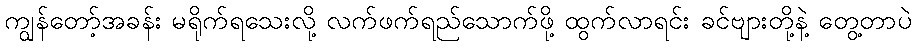
ကျွန်တော့်အခန်း မရိုက်ရသေးလို့ လက်ဖက်ရည်သောက်ဖို့ ထွက်လာရင်း ခင်ဗျားတို့နဲ့ တွေ့တာပဲ